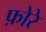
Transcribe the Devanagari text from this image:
फ़ोरे